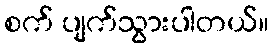
စက် ပျက်သွားပါတယ်။